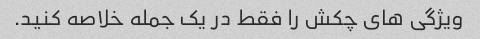
ویژگی های چکش را فقط در یک جمله خلاصه کنید.